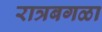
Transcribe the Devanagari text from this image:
रात्रबगळा